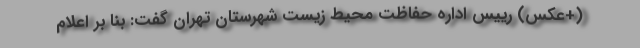
(+عکس) رییس اداره حفاظت محیط زیست شهرستان تهران گفت: بنا بر اعلام